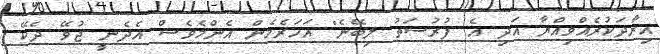
އިރާދަކުރެއްވިއްޔާ އަދި އެ ފުރުސަތު ލިބޭނެ" އަހަރެމެން އެންމެވެސް އެދެނީ ޖުވޭ ދެކޭ